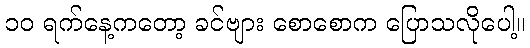
၁၀ ရက်နေ့ကတော့ ခင်ဗျား စောစောက ပြောသလိုပေါ့။